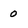
Character: 0